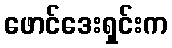
ဖောင်ဒေးရှင်းက